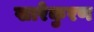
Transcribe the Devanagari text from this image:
खारेकुरण